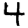
Digit: 4